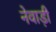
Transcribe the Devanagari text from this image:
नेवाड़ी